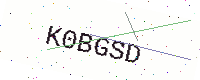
Text: K0BGSD